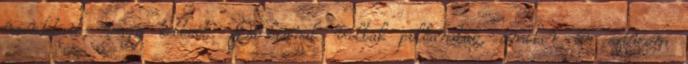
mondatait, vagy tetteit. Dahlianak voltak pillanatai, amikor én szívem